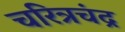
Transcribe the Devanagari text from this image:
चरित्रचंद्र